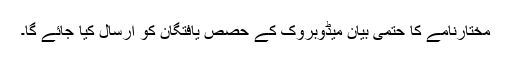
مختارنامے کا حتمی بیان میڈوبروک کے حصص یافتگان کو ارسال کیا جائے گا۔